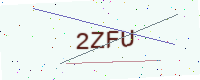
Text: 2ZFU